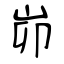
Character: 峁